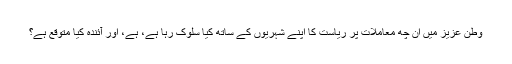
وطنِ عزیز میں ان چھ معاملات پر ریاست کا اپنے شہریوں کے ساتھ کیا سلوک رہا ہے، ہے، اور آئندہ کیا متوقع ہے؟